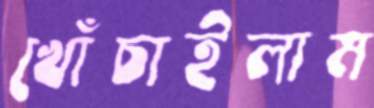
খোঁচাইলাম